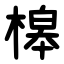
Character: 槔